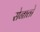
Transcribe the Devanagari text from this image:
सेनातो